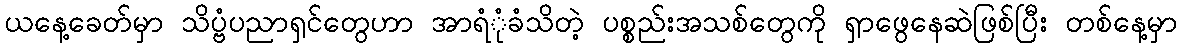
ယနေ့ခေတ်မှာ သိပ္ဗံပညာရှင်တွေဟာ အာရံုံခံသိတဲ့ ပစ္စည်းအသစ်တွေကို ရှာဖွေနေဆဲဖြစ်ပြီး တစ်နေ့မှာ